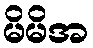
မိမိအ